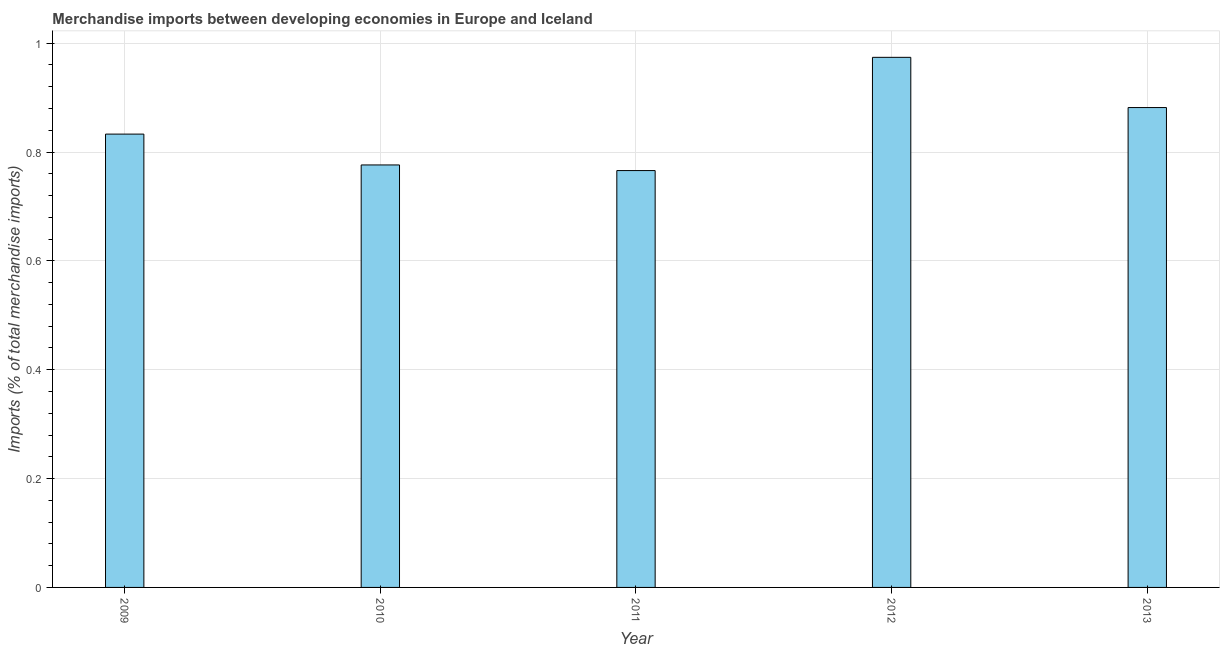
| Year | Merchandise imports |
 | --- | --- |
 | 2009 | 0.833 |
 | 2010 | 0.776 |
 | 2011 | 0.766 |
 | 2012 | 0.974 |
 | 2013 | 0.882 |